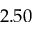
2 . 5 0